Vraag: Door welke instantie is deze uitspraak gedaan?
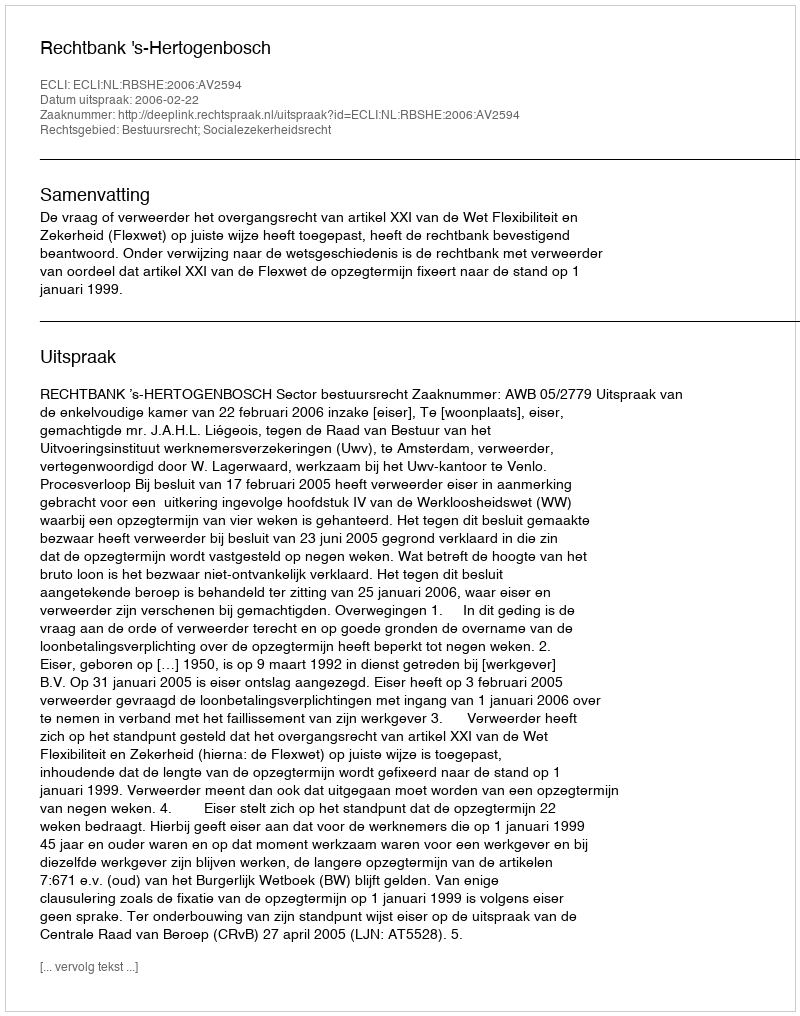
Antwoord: Rechtbank 's-Hertogenbosch